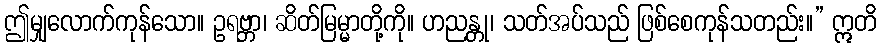
ဤမျှလောက်ကုန်သော။ ဥရဗ္ဘာ၊ ဆိတ်မြမ္မာတို့ကို။ ဟညန္တု၊ သတ်အပ်သည် ဖြစ်စေကုန်သတည်း။” ဣတိ